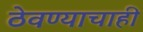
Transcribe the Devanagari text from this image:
ठेवण्याचाही